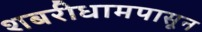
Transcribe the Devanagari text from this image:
शबरीधामपासून